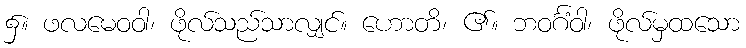
၌။ ဖလမေဝဝါ၊ ဖိုလ်သည်သာလျှင်။ ဟောတိ၊ ၏။ ဘဝင်္ဂံဝါ၊ ဖိုလ်မှထသော